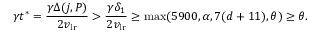
\gamma t ^ { * } = \frac { \gamma \Delta ( j , P ) } { 2 v _ { \mathrm { l r } } } > \frac { \gamma \delta _ { 1 } } { 2 v _ { \mathrm { l r } } } \geq \operatorname* { m a x } ( 5 9 0 0 , \alpha , 7 ( d + 1 1 ) , \theta ) \geq \theta .